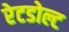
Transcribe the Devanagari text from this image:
रेटडोल्ट